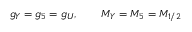
g _ { Y } = g _ { 5 } = g _ { U } , \qquad M _ { Y } = M _ { 5 } = M _ { 1 / 2 }